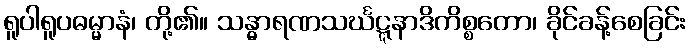
ရူပါရူပဓမ္မာနံ၊ တို့၏။ သန္ဓာရဏသင်္ဃဋ္ဋနာဒိကိစ္စတော၊ ခိုင်ခန့်စေခြင်း